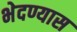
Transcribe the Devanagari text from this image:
भेदण्यास